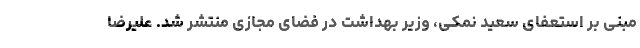
مبنی بر استعفای سعید نمکی، وزیر بهداشت در فضای مجازی منتشر شد. علیرضا